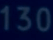
130